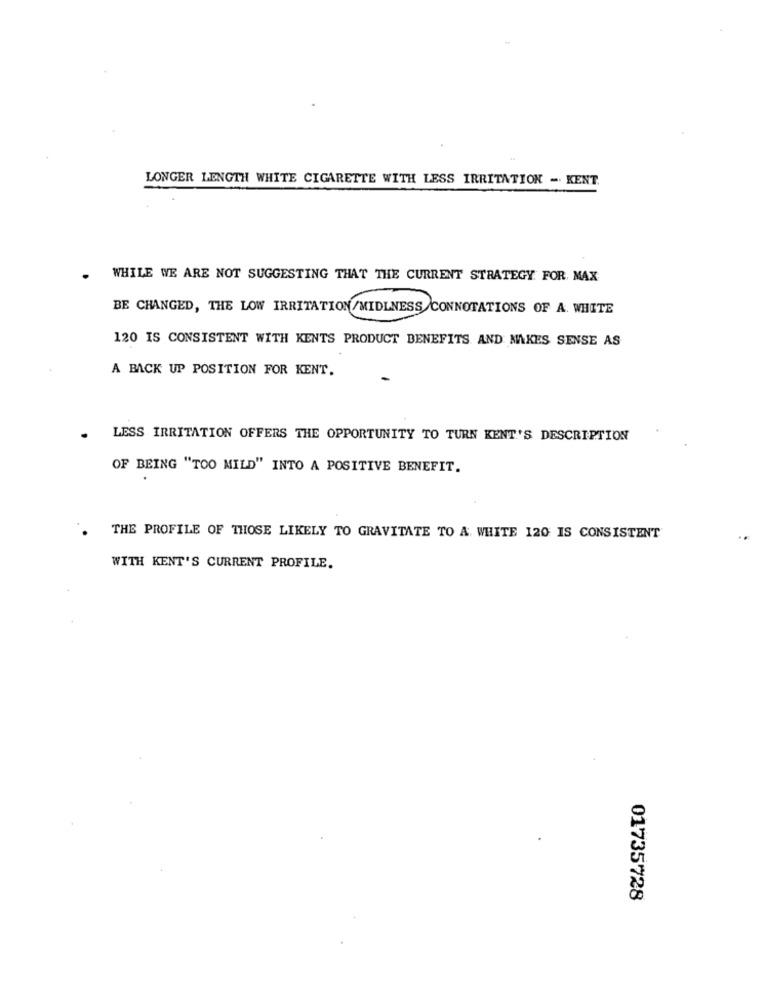
LONGER LENGTH WHITE CIGARETTE WITH LESS IRRITATION - KENT.
WHILE WE ARE NOT SUGGESTING THAT THE CURRENT STRATEGY FOR. MAX
BE CHANGED, THE LOW IRRITATION/MIDLNESS CONNOTATIONS OF A. WHITE
120 IS CONSISTENT WITH KENTS PRODUCT BENEFITS AND MAKES SENSE AS
A BACK UP POSITION FOR KENT.
. LESS IRRITATION OFFERS THE OPPORTUNITY TO TURN KENT'S DESCRIPTION
OF BEING "TOO MILD" INTO A POSITIVE BENEFIT.
THE PROFILE OF THOSE LIKELY TO GRAVITATE TO A. WHITE 120 IS CONSISTENT
WITH KENT'S CURRENT PROFILE.
01735728